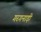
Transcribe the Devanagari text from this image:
गरगनाड़ी